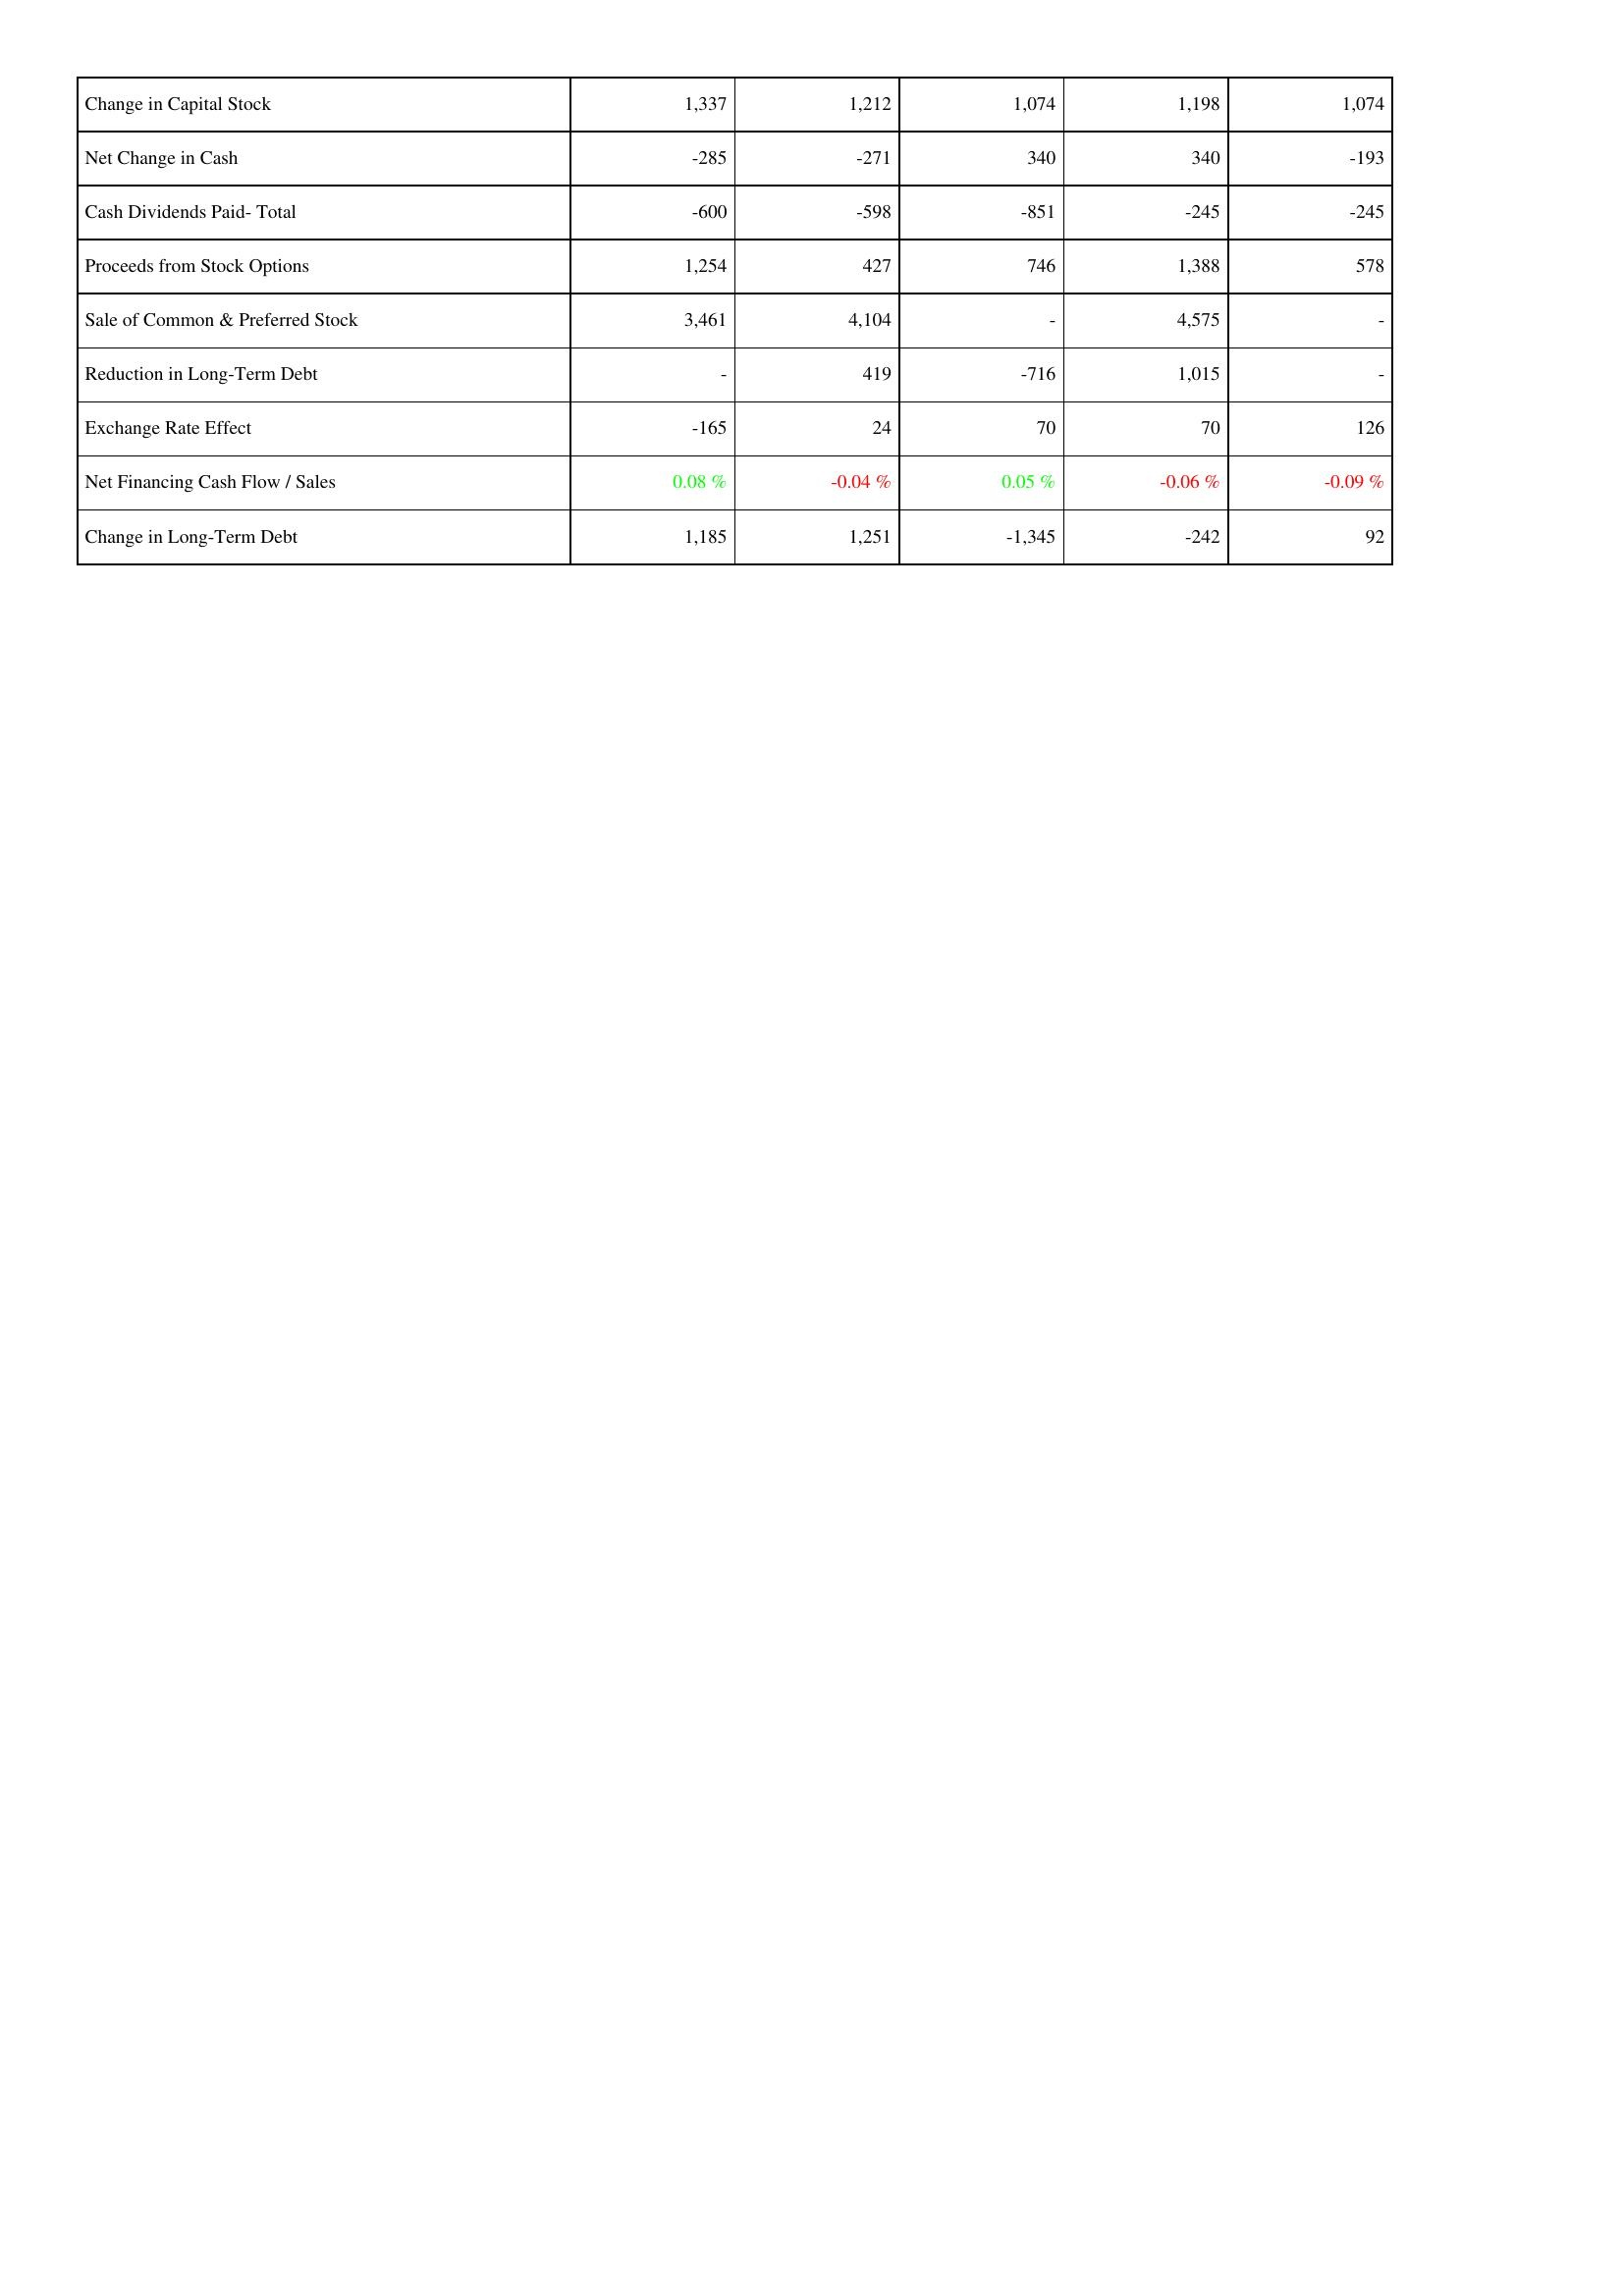
2014: Financing Activities: Change in Capital Stock: 1,337
Net Change in Cash: -285
Cash Dividends Paid- Total: -600
Proceeds from Stock Options: 1,254
Sale of Common & Preferred Stock: 3,461
Reduction in Long-Term Debt: -
Exchange Rate Effect: -165
Net Financing Cash Flow / Sales: 0.08 %
Change in Long-Term Debt: 1,185
2015: Financing Activities: Change in Capital Stock: 1,212
Net Change in Cash: -271
Cash Dividends Paid- Total: -598
Proceeds from Stock Options: 427
Sale of Common & Preferred Stock: 4,104
Reduction in Long-Term Debt: 419
Exchange Rate Effect: 24
Net Financing Cash Flow / Sales: -0.04 %
Change in Long-Term Debt: 1,251
2016: Financing Activities: Change in Capital Stock: 1,074
Net Change in Cash: 340
Cash Dividends Paid- Total: -851
Proceeds from Stock Options: 746
Sale of Common & Preferred Stock: -
Reduction in Long-Term Debt: -716
Exchange Rate Effect: 70
Net Financing Cash Flow / Sales: 0.05 %
Change in Long-Term Debt: -1,345
2017: Financing Activities: Change in Capital Stock: 1,198
Net Change in Cash: 340
Cash Dividends Paid- Total: -245
Proceeds from Stock Options: 1,388
Sale of Common & Preferred Stock: 4,575
Reduction in Long-Term Debt: 1,015
Exchange Rate Effect: 70
Net Financing Cash Flow / Sales: -0.06 %
Change in Long-Term Debt: -242
2018: Financing Activities: Change in Capital Stock: 1,074
Net Change in Cash: -193
Cash Dividends Paid- Total: -245
Proceeds from Stock Options: 578
Sale of Common & Preferred Stock: -
Reduction in Long-Term Debt: -
Exchange Rate Effect: 126
Net Financing Cash Flow / Sales: -0.09 %
Change in Long-Term Debt: 92